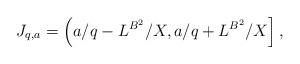
LaTeX: \begin{align*}J_{q,a}=\left({a}/{q}-{L^{B^2}}/{X},{a}/{q}+{L^{B^2}}/{X}\right],\end{align*}